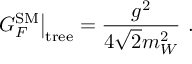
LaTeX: \left. G _ { F } ^ { \mathrm { S M } } \right\vert _ { \mathrm { t r e e } } = \frac { g ^ { 2 } } { 4 \sqrt { 2 } m _ { W } ^ { 2 } } \ .